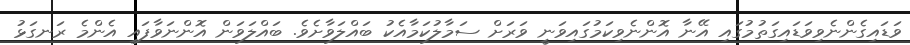
ވަޑައިގެންނެވިވަޑައިގަތުމުގައި އޭނާ އޮންނެވިކަމުގައިވަނީ ވަރަށް ސަމާލުކަމާއެކު ބައްލަވާށެވެ. ބައްލަވަން އޮންނަވާފައި އެންމެ ރަނގަޅު